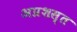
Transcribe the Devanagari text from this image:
अप्रशस्त